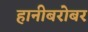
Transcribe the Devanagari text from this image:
हानीबरोबर